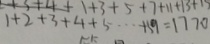
1 + 2 + 3 + 4 + 5 \cdots + 5 9 = 1 7 7 0